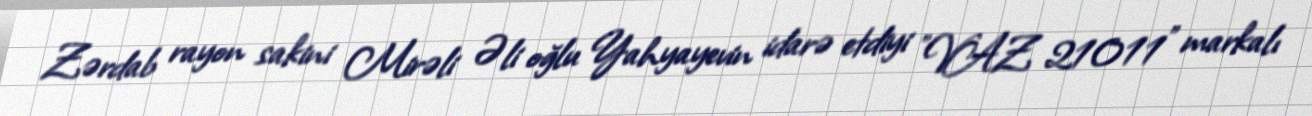
Zərdab rayon sakini Mirəli Əli oğlu Yahyayevin idarə etdiyi "VAZ 21011" markalı